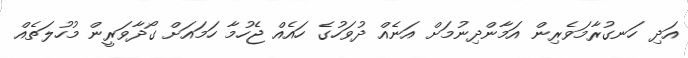
އަދި ހަނގުރާމަވެރިން އަމާންދިނުމަށް އަނެއް ދުވަހުގެ ހައެއް ޖެހުމާ ހަމައަށް ގޯދާވަރީން މުހުލަތެއް